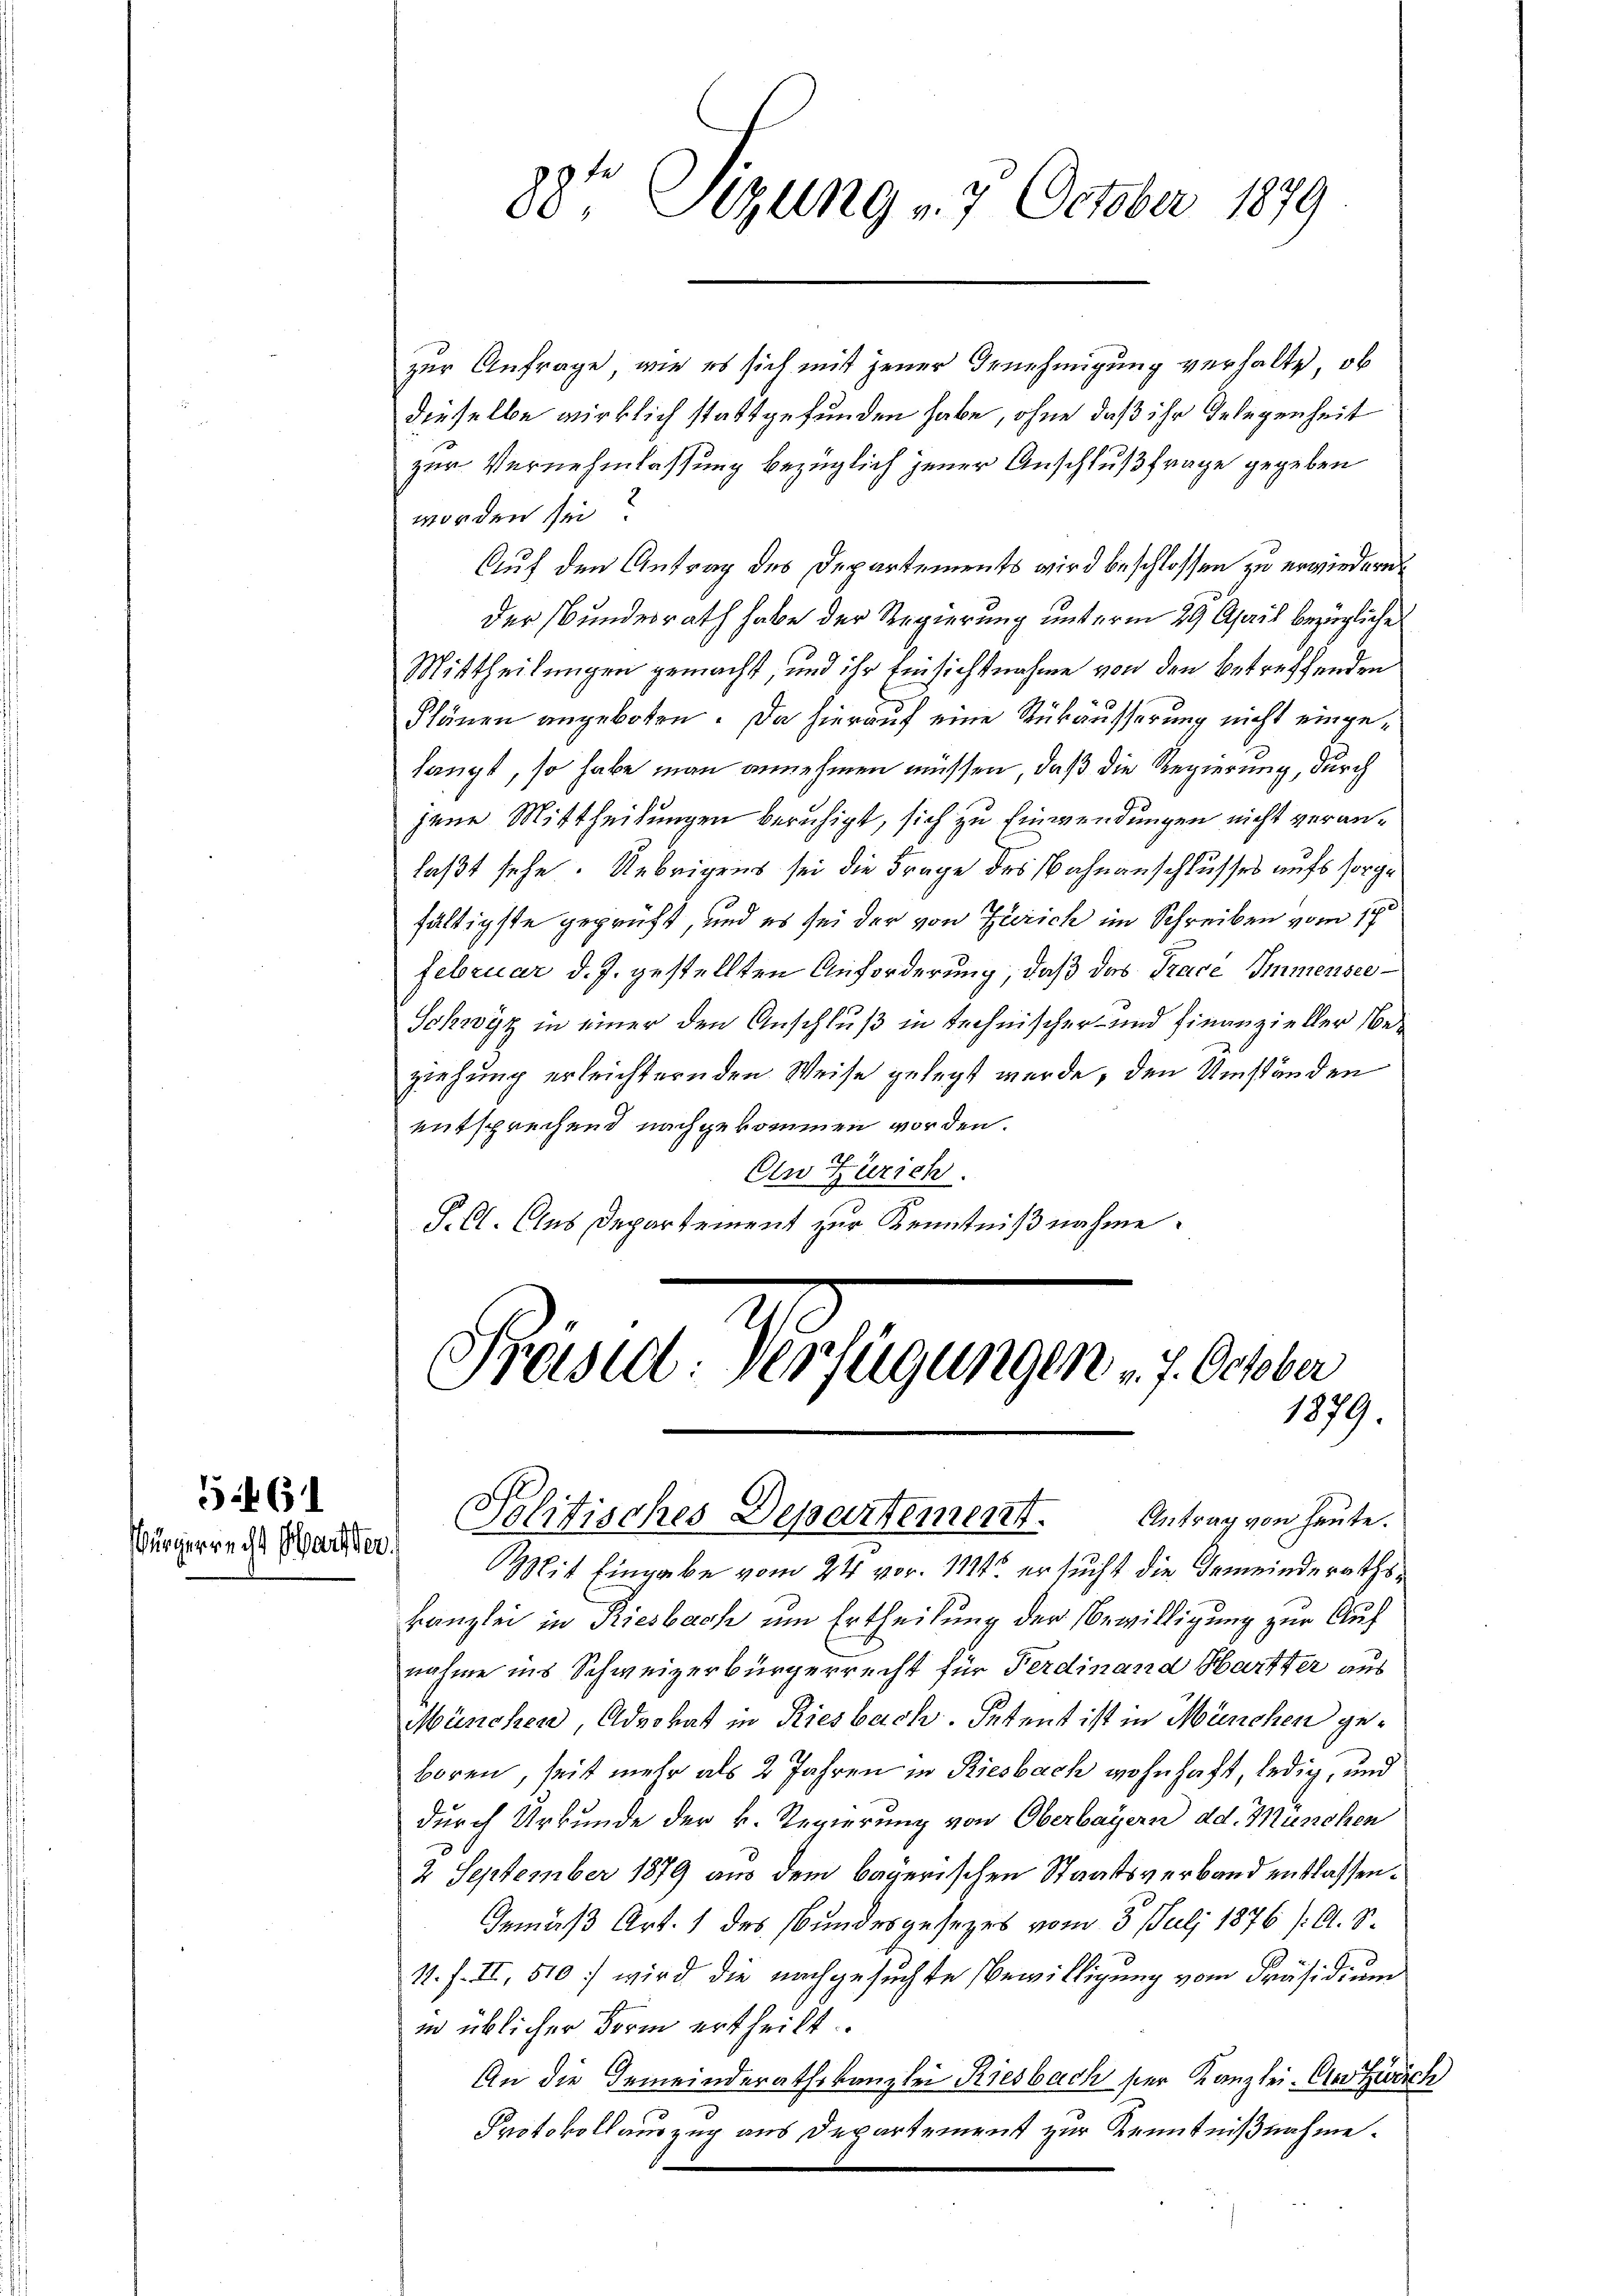
5461
Bürgerrecht Hart der

zur Anfrage, wie es sich mit jener Genehmigung verhalte, ob
dieselbe wirklich stattgefunden habe, ohne daß ihr Gelegenheit
zur Vernehmlassung bezüglich jener Anschlußfrage gegeben
worden sei?
Auf den Antrag des Departements wird beschlossen zu erwiedern
Der Bundesrath habe der Regierung unterm 29. April bezügliche
Mittheilungen gemacht, und ihr Einsichtnahme von den betreffenden
Plänen angeboten. Da hierauf eine Rükäusserung nicht eingelangt, so habe man annehmen müssen, daß die Regierung, durch
jene Mittheilungen beruhigt, sich zu Einwendungen nicht veranlaßt sehe. Uebrigens sei die Frage des Bahnanschlusses aufs sorge
fältigste geprüft, und es sei der von Zürich im Schreiben vom 17t
Februar d. J. gestellten Anforderung, daß das Trace Immensee¬
Schwyz in einer den Anschluß in technischer- und Finanzieller beziehung erleichternden Weise gelegt werde, den Umständen
entsprechend nachgekommen worden.
An Zürich.
P. C. Aus Departement zur Kenntnißnahme.

88te Sizung v. 7. October 1879

Prasid: Verfügungen v. 7. October
1879.
Politisches Departement. Antrag von heute.

Mit Eingabe vom 24. vor. 11845 ersucht die Gemeinderathskanzlei in Riesbach um Ertheilung der Bewilligung zur Aufnahme ins Schweizerbürgerrecht für Ferdinand Hartter aus
München, Advokat in Riesbach. Petent ist in München geboren, seit mehr als 2 Jahren in Riesbach wohnhaft, ledig, und
durch Urkunde der k. Regierung von Oberbayern dd. München
2 September 1879 aus dem bayerischen Staatsverband entlassen.
Gemäß Art. 1 des Bundesgesezes vom 3. Juli 1876 /: A. S.
1. f. II, 510 wird die nachgesuchte Bewilligung vom Präsidium
in üblicher Form ertheilt.
An die Gemeinderathskanzlei Riesbach hier Kanzlei. An Zweck
Protokoll auszug aus Departement zur Kenntnißnahme.